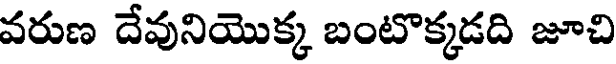
వరుణ దేవునియొక్క బంటొక్కడది జూచి